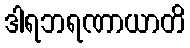
ဒါရဘရဏာယာတိ